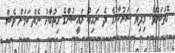
ގޮތަކަށެވެ. މިދިޔަ ސަރުކާރުގެ ދެ ނައިބު ރައީސުންގެ އިތުބާރު ނެތް ކަމަށް ވެސް